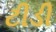
ટીડી